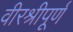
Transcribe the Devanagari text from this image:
वीरश्रीपूर्ण